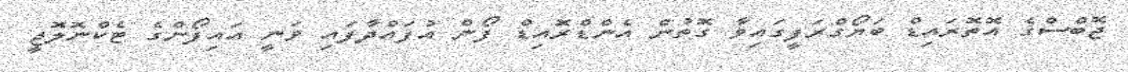
ޖޮބްސްގެ އޮތޮރައިޑް ބަޔޯގްރަފީގައިވާ ގޮތުން އެންޑްރޮއިޑް ފޯން އުފައްދާފައި ވަނީ އައިފޯންގެ ޓެކްނޮލޮޖީ